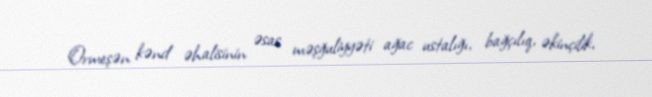
Ormeşən kənd əhalisinin əsas məşğuliyyəti ağac ustalığı, bağçılıq, əkinçilik,